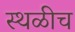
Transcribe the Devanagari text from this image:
स्थळीच